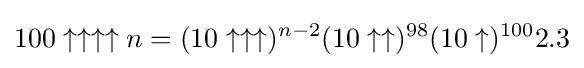
100\uparrow \uparrow \uparrow \uparrow n=(10\uparrow \uparrow \uparrow )^{n-2}(10\uparrow \uparrow )^{98}(10\uparrow )^{100}2.3